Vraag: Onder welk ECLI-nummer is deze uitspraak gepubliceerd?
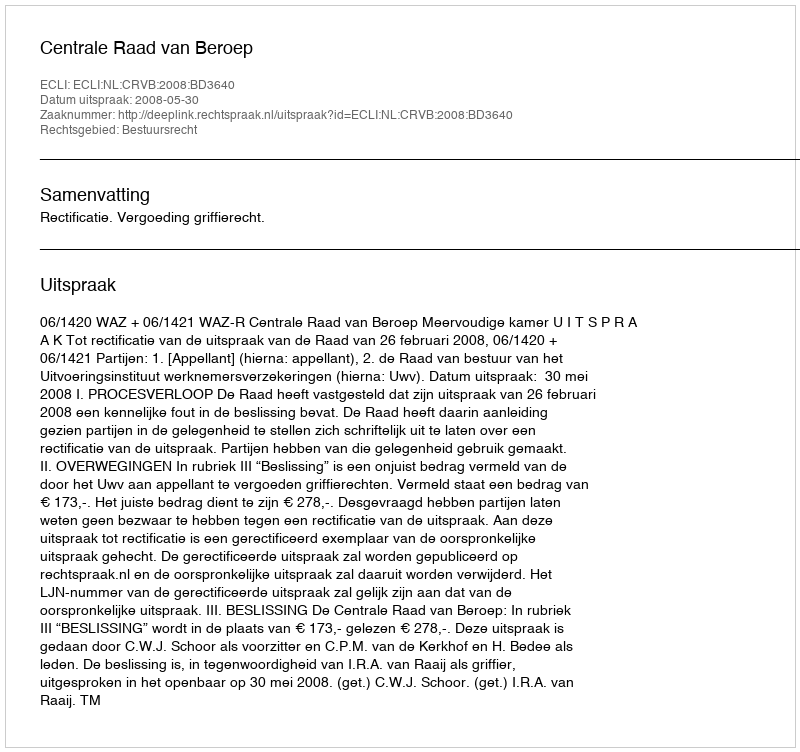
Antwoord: ECLI:NL:CRVB:2008:BD3640